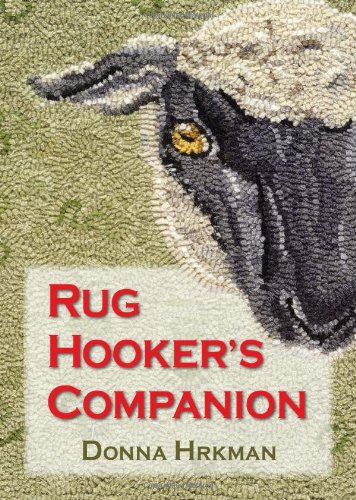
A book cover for Rug Hooker's Companion; Donna Hrkman; Crafts, Hobbies & Home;